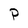
Character: P